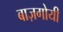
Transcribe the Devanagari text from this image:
बाज़गोयी